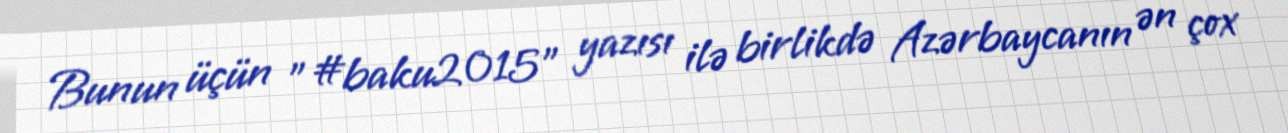
Bunun üçün "#baku2015" yazısı ilə birlikdə Azərbaycanın ən çox